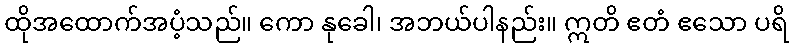
ထိုအထောက်အပံ့သည်။ ကော နုခေါ၊ အဘယ်ပါနည်း။ ဣတိ ဧတံ ဧသော ပရိ